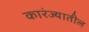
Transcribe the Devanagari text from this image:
कारंज्यातील